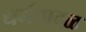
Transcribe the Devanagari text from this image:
धर्मवादळ